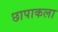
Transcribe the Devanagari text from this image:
छापाकला